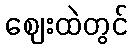
ဈေးထဲတွင်